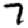
Digit: 7